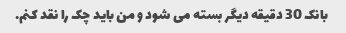
بانک 30 دقیقه دیگر بسته می شود و من باید چک را نقد کنم.